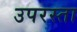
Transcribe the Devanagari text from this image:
उपरस्ता